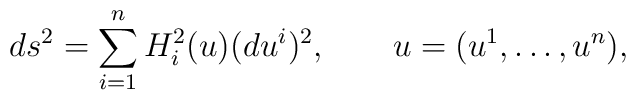
ds^2=\sum_{i=1}^n H_i^2(u) (du^i)^2,\qquad u=(u^1,\ldots,u^n),